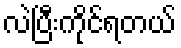
လဲပြီးကိုင်ရတယ်